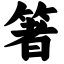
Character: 箸